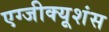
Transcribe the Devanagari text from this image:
एग्जीक्यूशंस